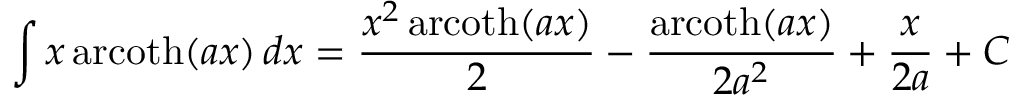
\int x \operatorname { a r c o t h } ( a x ) \, d x = { \frac { x ^ { 2 } \operatorname { a r c o t h } ( a x ) } { 2 } } - { \frac { \operatorname { a r c o t h } ( a x ) } { 2 a ^ { 2 } } } + { \frac { x } { 2 a } } + C